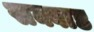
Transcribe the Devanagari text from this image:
सक्वाड